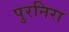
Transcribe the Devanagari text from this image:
पुरनिरा